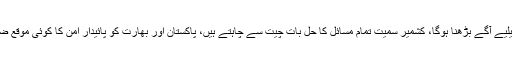
وزیر خارجہ کا کہنا تھا کہ ماضی کو بھول کر مسائل کے حل کیلیے آگے بڑھنا ہوگا، کشمیر سمیت تمام مسائل کا حل بات چیت سے چاہتے ہیں، پاکستان اور بھارت کو پائیدار امن کا کوئی موقع ضائع نہیں کرنا چاہیے، سارک ممالک کا خطے میں اہم کردار ہے۔